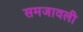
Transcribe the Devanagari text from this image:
समजावली